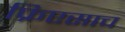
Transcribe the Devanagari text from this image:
फ्रिएसाच